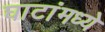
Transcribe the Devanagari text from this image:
घाटांमध्ये